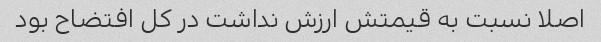
اصلا نسبت به قیمتش ارزش نداشت در کل افتضاح بود